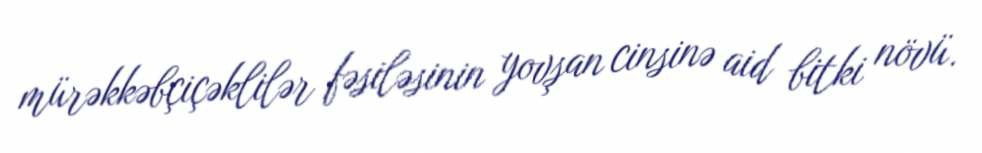
mürəkkəbçiçəklilər fəsiləsinin yovşan cinsinə aid bitki növü.